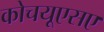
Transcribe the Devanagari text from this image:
कोचयूएसए